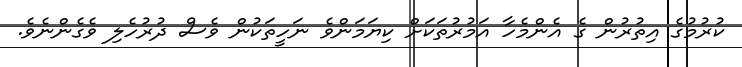
ކުރުމުގެ އިތުރުން ގެ އެންމެހާ އަމުރުތަކަށް ކިޔަމަންވެ ނަހީތަކުން ވެސް ދުރުހެލި ވެގެންނެވެ.